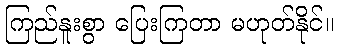
ကြည်နူးစွာ ပြေးကြတာ မဟုတ်နိုင်။